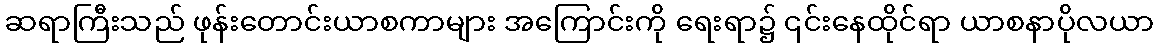
ဆရာကြီးသည် ဖုန်းတောင်းယာစကာများ အကြောင်းကို ရေးရာ၌ ၎င်းနေထိုင်ရာ ယာစနာပိုလယာ